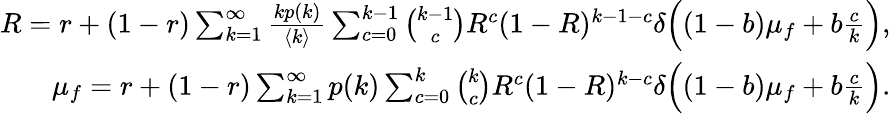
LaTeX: \begin{array}{r}{R=r+(1-r)\sum_{k=1}^{\infty}\frac{kp(k)}{\langle k\rangle}\sum_{c=0}^{k-1}\binom{k-1}{c}R^{c}(1-R)^{k-1-c}\delta\Big((1-b)\mu_{f}+b\frac{c}{k}\Big),}\\ {\mu_{f}=r+(1-r)\sum_{k=1}^{\infty}p(k)\sum_{c=0}^{k}\binom{k}{c}R^{c}(1-R)^{k-c}\delta\Big((1-b)\mu_{f}+b\frac{c}{k}\Big).}\end{array}